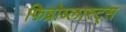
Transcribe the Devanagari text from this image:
फिब्रोब्लास्ट्स